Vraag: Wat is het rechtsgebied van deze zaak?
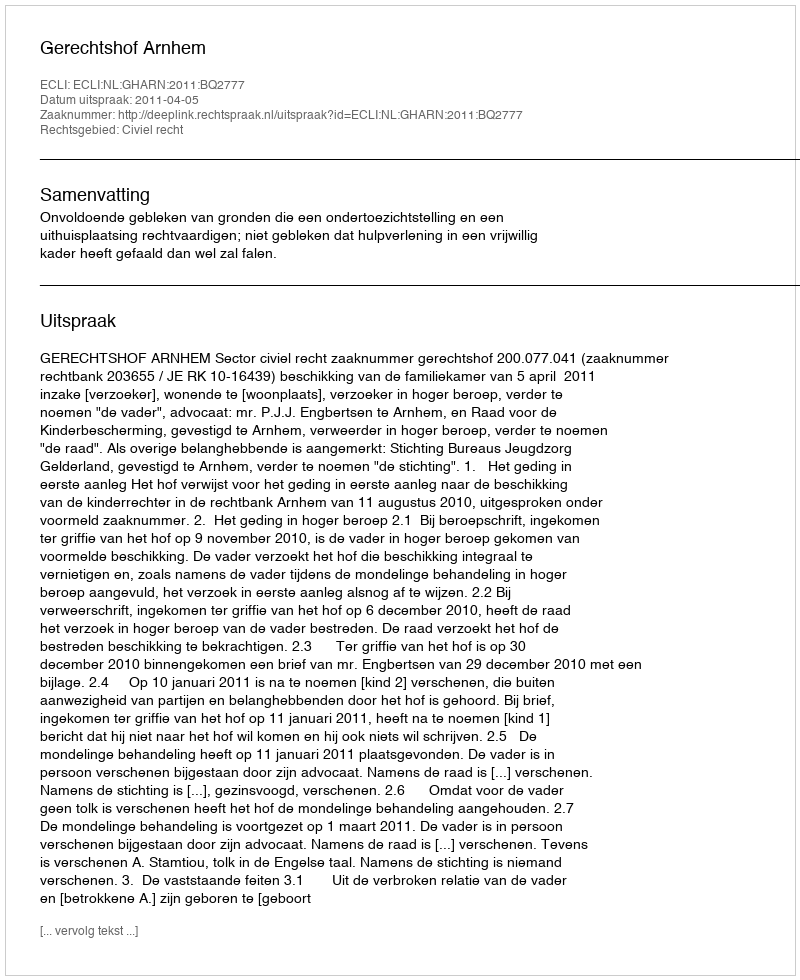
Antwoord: Civiel recht